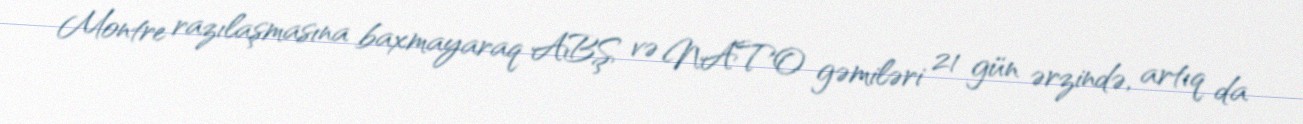
Montre razılaşmasına baxmayaraq ABŞ və NATO gəmiləri 21 gün ərzində, artıq da